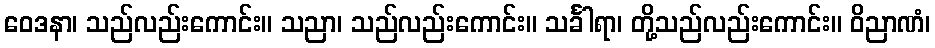
ဝေဒနာ၊ သည်လည်းကောင်း။ သညာ၊ သည်လည်းကောင်း။ သင်္ခါရာ၊ တို့သည်လည်းကောင်း။ ဝိညာဏံ၊